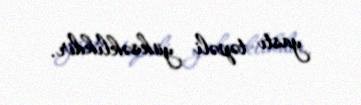
yastı təpəli yüksəklikdir.